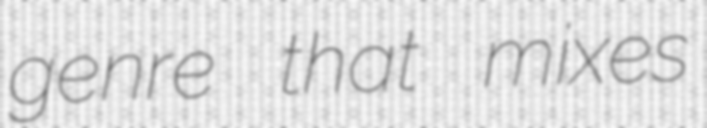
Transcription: genre that mixes